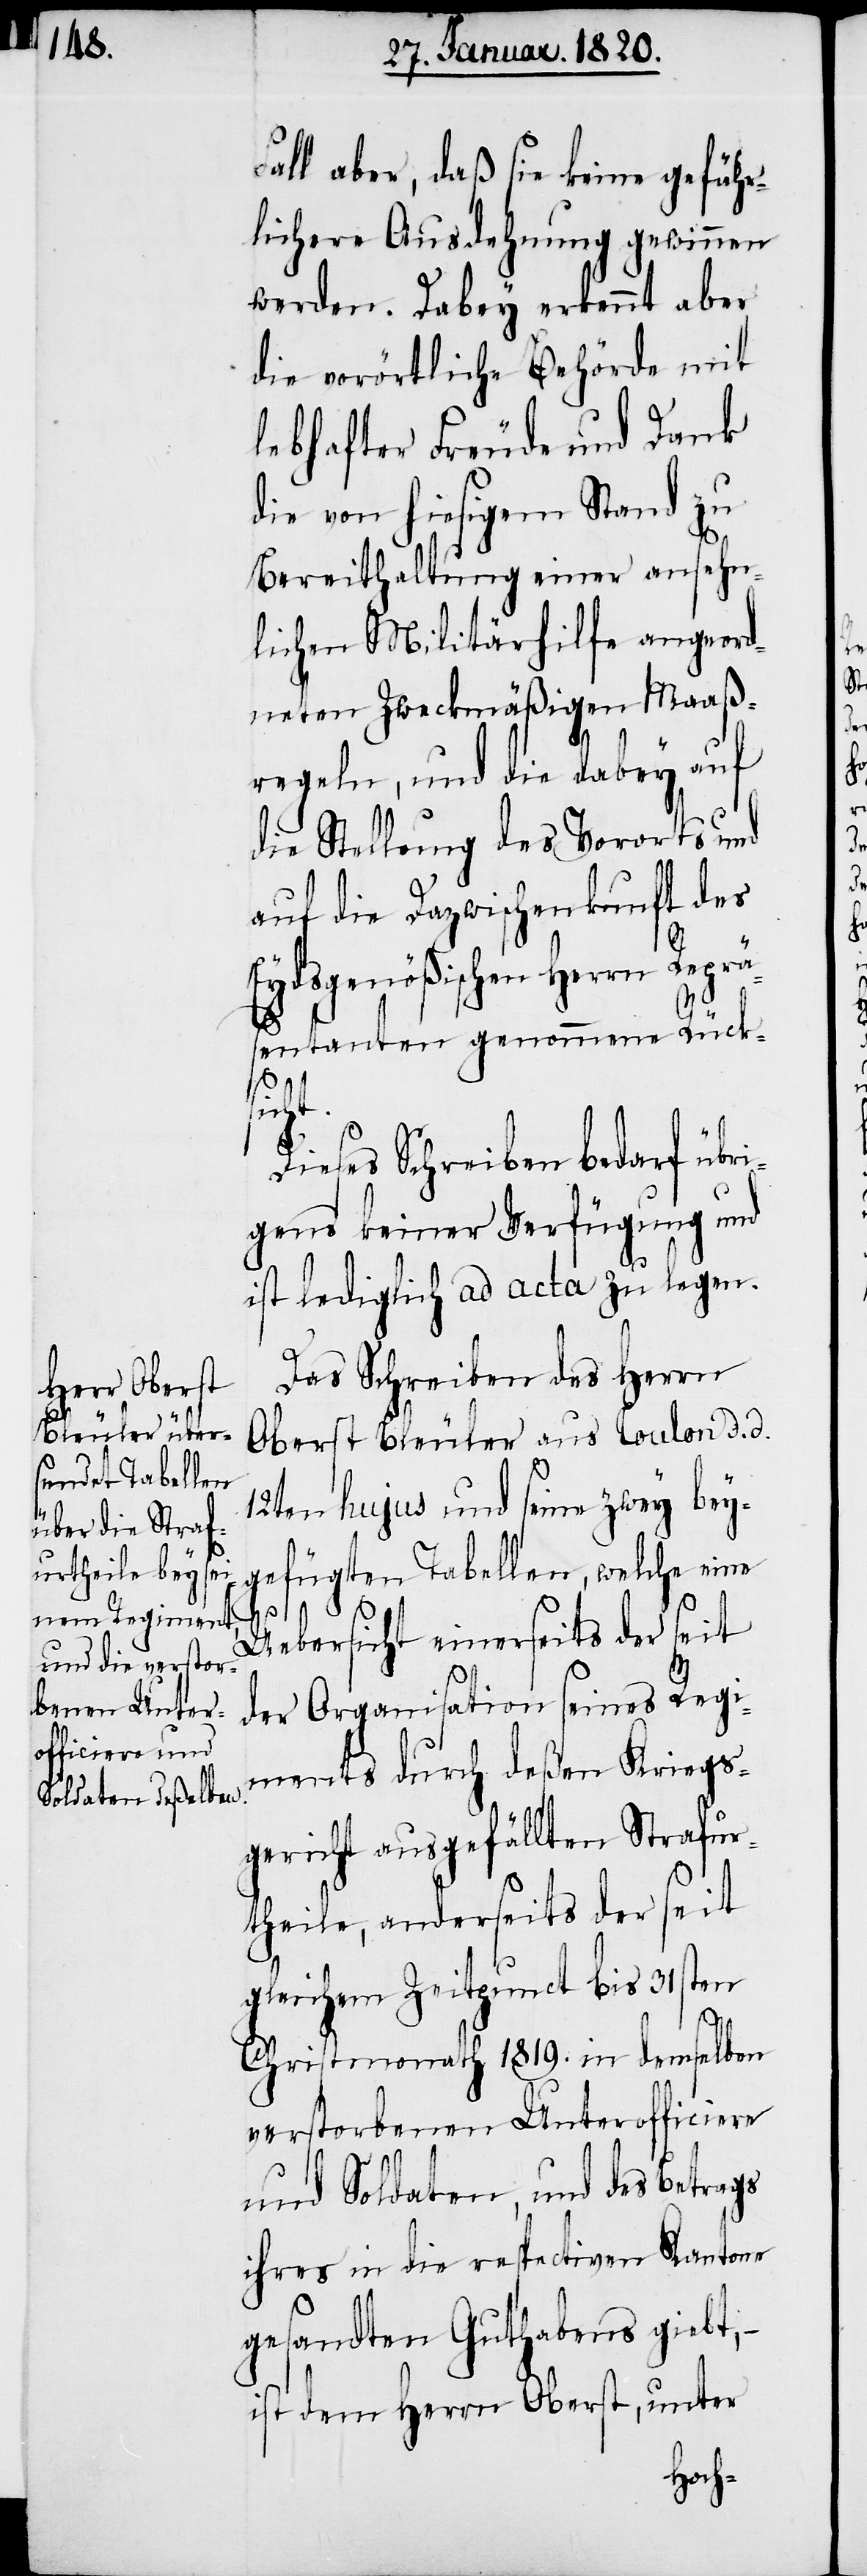
Fall aber, daß sie keine gefähr¬
lichere Ausdehnung gewinnen
werden. Dabey erkennt aber
die vorörtliche Behörde mit
lebhafter Freude und Dank
die von hiesigem Stand zu
Bereithaltung einer ansehn¬
lichen Militärhilfe angeord¬
neten Zweckmäßigen Maaß¬
regeln, und die dabey auf
die Stellung des Vororts und
auf die Dazwischenkunft der
Eydsgenößischen Herrn Repr¬
äsentanten genommene Rücks¬
icht.
Dieses Schreiben bedarf übri¬
gens keiner Verfügung und
ist lediglich ad acta zu legen.
Das Schreiben des Herrn
Oberst Bleuler aus Toulon d. d.
12ten hujus und seine zwey bey¬
gefügten Tabellen, welche eine
Uebersicht einerseits der seit
der Organisation seines Regi¬
ments durch deßen Kriegs¬
gericht ausgefällten Strafur¬
theile, anderseits der seit
gleichem Zeitpunct bis 31sten
Christmonath 1819. in demselben
verstorbenen Unterofficiere
und Soldaten, und des Betrags
ihres in die respectiven Kantone
gesandten Guthabens giebt,
ist dem Herrn Oberst, unter